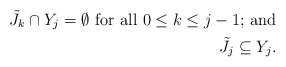
\begin{align*}\tilde{J}_k \cap Y_j = \emptyset\ \textrm{for all $ 0 \leq k \leq j-1 $; and} \\\tilde{J}_j \subseteq Y_j. \end{align*}